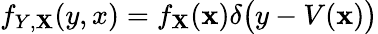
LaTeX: f_{Y,\mathbf{X}}(y,x)=f_{\mathbf{X}}(\mathbf{{x}})\delta{\big(}y-V(\mathbf{{x}}){\big)}